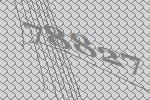
78827